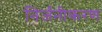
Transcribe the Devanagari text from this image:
निर्जनीकरण